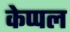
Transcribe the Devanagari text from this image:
केप्पल